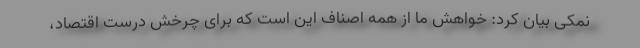
نمکی بیان کرد: خواهش ما از همه اصناف این است که برای چرخش درست اقتصاد،